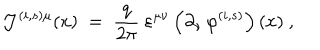
LaTeX: { \mathcal J } ^ { ( i , s ) \mu } ( x ) \; = \; \frac { q } { 2 \pi } ~ \varepsilon ^ { \mu \nu } \left( \partial _ { \nu } \, \varphi ^ { ( i , s ) } \right) ( x ) ~ ,